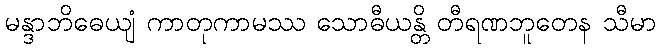
မန္ဒာဘိဓေယျံ ကာတုကာမဿ သောဓီယန္တိ တီရဏဘူတေန သီမာ